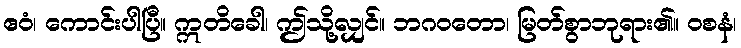
ဧဝံ၊ ကောင်းပါပြီ။ ဣတိခေါ၊ ဤသို့လျှင်။ ဘဂဝတော၊ မြတ်စွာဘုရား၏။ ဝစနံ၊